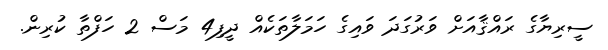
ސީރިޔާގެ ރައްްޤާއަށް ވަރުގަދަ ވައިގެ ހަމަލާތަކެއް ދީފި4 މަސް 2 ހަފްތާ ކުރިން.